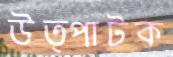
উত্পাটক